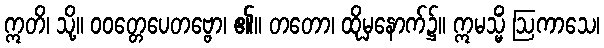
ဣတိ၊ သို့။ ဝဝတ္တေပေတဗ္ဗော၊ ၏။ တတော၊ ထိုမှနောက်၌။ ဣမသ္မိံ ဩကာသေ၊